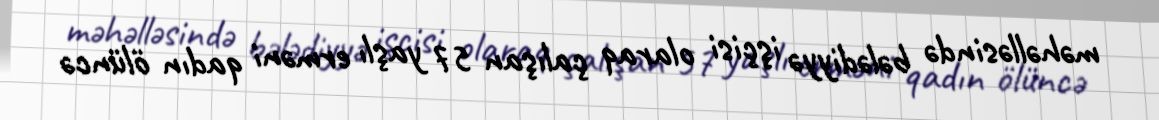
məhəlləsində bələdiyyə işçisi olaraq çalışan 57 yaşlı erməni qadın ölüncə